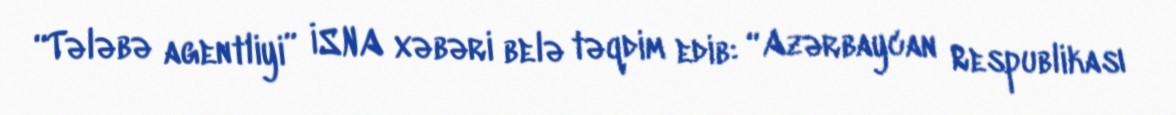
“Tələbə agentliyi” İSNA xəbəri belə təqdim edib: “Azərbaycan Respublikası